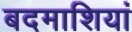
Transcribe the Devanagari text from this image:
बदमाशियां